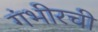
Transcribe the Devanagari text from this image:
गंभीरची